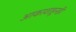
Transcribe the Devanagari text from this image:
आकाशाहूनही